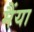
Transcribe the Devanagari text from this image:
मैंया